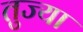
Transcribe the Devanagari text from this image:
तुज्या